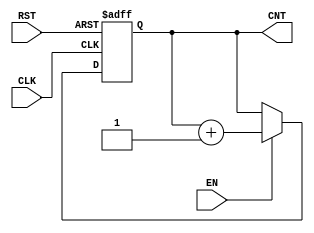
module dynamic_asynchronous_counter #(
    parameter WIDTH = 4  // Define the width of the counter (number of bits)
)(
    input wire CLK,      // Clock input
    input wire RST,      // Asynchronous reset input
    input wire EN,       // Enable signal for counting
    output reg [WIDTH-1:0] CNT // Counter output
);

// Asynchronous reset behavior
always @(posedge CLK or posedge RST) begin
    if (RST) begin
        CNT <= 0; // Reset the counter to zero
    end else if (EN) begin
        CNT <= CNT + 1; // Increment the counter
    end
end

endmodule